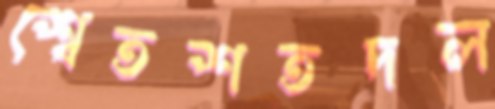
শ্বেতশতদল